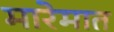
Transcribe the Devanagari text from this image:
मारेमात